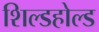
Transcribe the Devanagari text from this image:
शिल्डहोल्ड